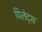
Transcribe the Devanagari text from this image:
पिलेट्स